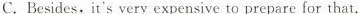
C.Besides, it's very expensive to prepare for that.